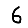
Digit: 6